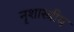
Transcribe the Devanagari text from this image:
नृशास्त्रीय